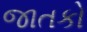
જાતકો